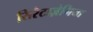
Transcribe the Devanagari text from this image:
सिरैटाज़ेमिया